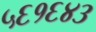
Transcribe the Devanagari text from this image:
५६१६४३